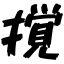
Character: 撹